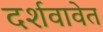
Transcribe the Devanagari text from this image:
दर्शवावेत